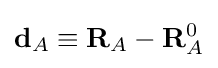
\mathbf {d} _{A}\equiv \mathbf {R} _{A}-\mathbf {R} _{A}^{0}